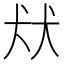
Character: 㹜